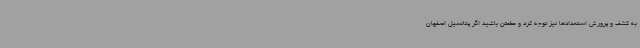
به کشف و پرورش استعدادها نیز توجه کرد و مطمئن باشید اگر پتانسیل اصفهان